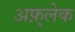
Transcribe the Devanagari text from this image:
अफ़्लेक